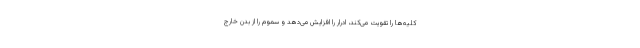
کلیه‌ها را تقویت می‌کند، ادرار را افزایش می‌دهد و سموم را از بدن خارج